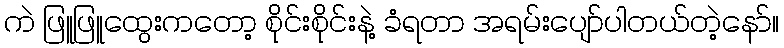
ကဲ ဖြူဖြူထွေးကတော့ စိုင်းစိုင်းနဲ့ ခံရတာ အရမ်းပျော်ပါတယ်တဲ့နော်။